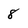
Character: 8